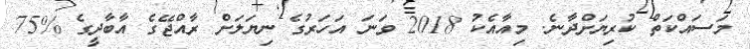
މަސައްކަތް ކުރިޔަށްދާނެ. މިއާއެކު 2018 ވަނަ އަހަރުގެ ނިޔަލަށް ރާއްޖޭގެ އާބާދީގެ %75